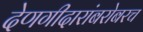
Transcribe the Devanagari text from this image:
देणगीदारांबरोबरच